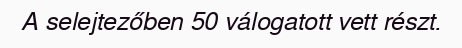
A selejtezőben 50 válogatott vett részt.